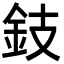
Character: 鈘